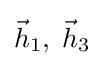
{\vec {h}}_{1},\;{\vec {h}}_{3}